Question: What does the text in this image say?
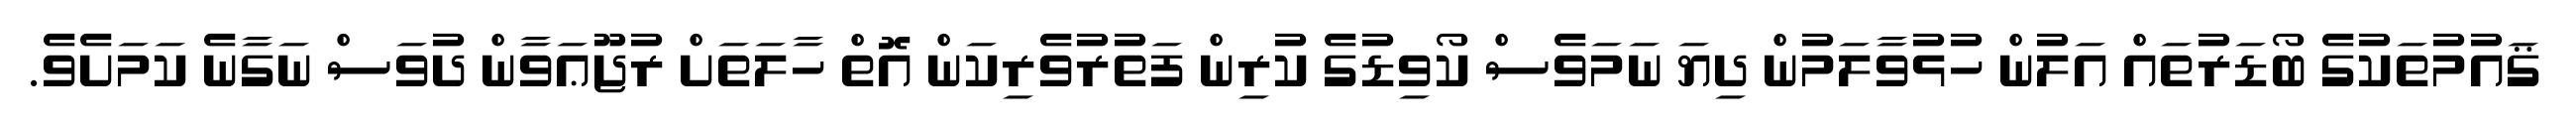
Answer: ޤައުމުތަކުގެ ބޯޑަރުތައް އަލުން ހުޅުވާލަމުން ދިޔަ ނަމަވެސް ކޯވިޑުގެ ކުރިން ފަތުރުވެރިކަން އޮތް ހާލަތަށް ރުޖޫޢަވާން ދުވަސް ނަގާނެ ކަމަށެވެ.